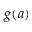
g ( a )